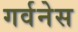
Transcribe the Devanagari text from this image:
गर्वनेस